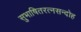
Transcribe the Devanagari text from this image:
सुभाषितरत्नसन्दोह